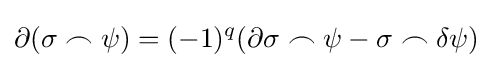
\partial (\sigma \frown \psi )=(-1)^{q}(\partial \sigma \frown \psi -\sigma \frown \delta \psi )